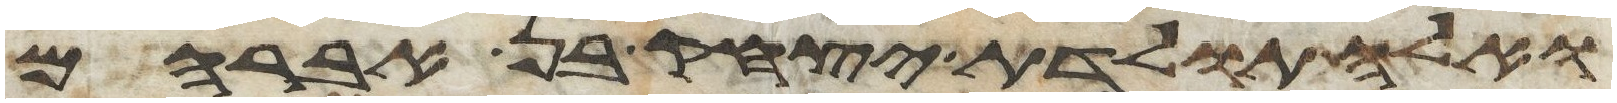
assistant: ואלה תולדת יצחק בן אברהם